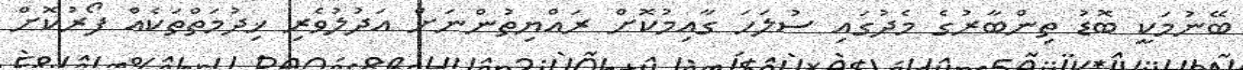
ބޭނުމަކީ ބޮޑު ތިންބާރުގެ މެދުގައި ސުލަހަ ގާއިމުކޮށް ރައްޔިތުންނަށް އަދުލުވެރި ޚިދުމަތްތަކެއް ފޯރުކޮށް